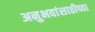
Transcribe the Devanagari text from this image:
अनुभवांसाठीच्या